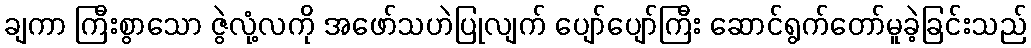
ချကာ ကြီးစွာသော ဇွဲလုံ့လကို အဖော်သဟဲပြုလျက် ပျော်ပျော်ကြီး ဆောင်ရွက်တော်မူခဲ့ခြင်းသည်